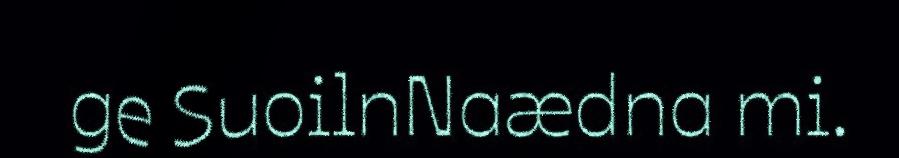
ge SuoilnNaædna mi.